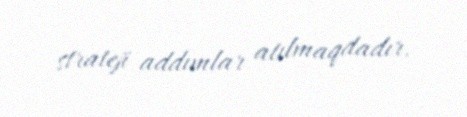
strateji addımlar atılmaqdadır.